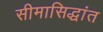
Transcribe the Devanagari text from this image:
सीमासिद्धांत